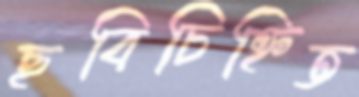
ছবিচিহ্নিত